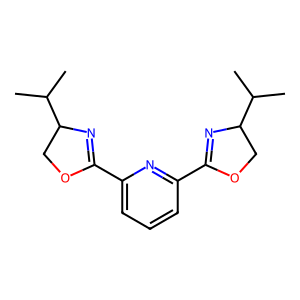
SMILES: CC(C)C1COC(c2cccc(C3=NC(C(C)C)CO3)n2)=N1
Inhibits HIV replication: No